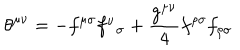
{ \theta } ^ { { \mu } { \nu } } = - f ^ { { \mu } { \sigma } } f _ { \; \; { \sigma } } ^ { \nu } + \frac { g ^ { { \mu } { \nu } } } { 4 } f ^ { { \rho } { \sigma } } f _ { { \rho } { \sigma } }